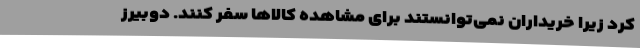
کرد زیرا خریداران نمی‌توانستند برای مشاهده کالاها سفر کنند. دوبیرز